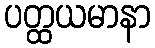
ပတ္ထယမာနာ